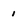
Character: 1